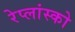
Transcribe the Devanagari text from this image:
रेप्लांस्को